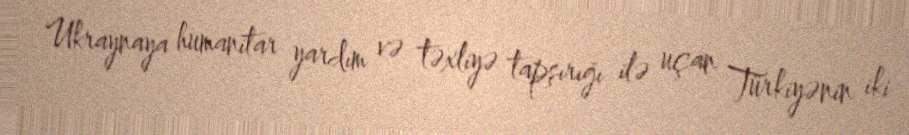
Ukraynaya humanitar yardım və təxliyə tapşırığı ilə uçan Türkiyənin iki